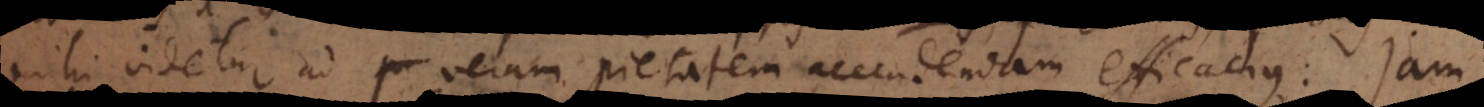
hi videtur ad veram pietatem accendendam efficacius: jam